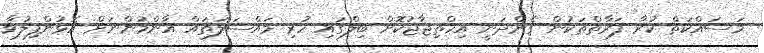
މަސައްކަތް ކުރާ ފަރާތްތަކުން ގެންދަނީ އިހްތިޖާޖުކޮށް ބިލްގައި ހުރި މައްސަލަތައް އާންމުންނަށް އޮޅުންފިލުވާ